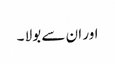
اور ان سے بولا ۔